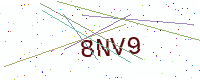
Text: 8NV9